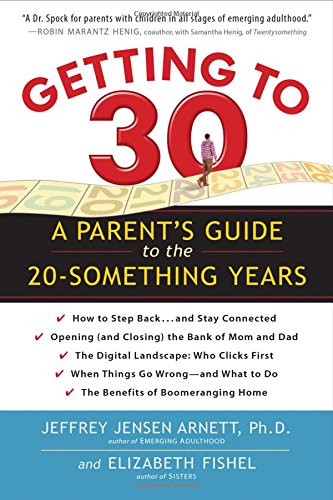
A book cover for Getting to 30: A Parent's Guide to the 20-Something Years; Jeffrey Jensen Arnett Ph.D.; Parenting & Relationships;